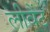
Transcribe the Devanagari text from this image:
लीवैंट